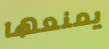
يمنعها